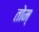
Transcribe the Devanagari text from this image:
तोम्